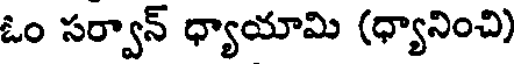
ఓం సర్వాన్ ధ్యాయామి (ధ్యానించి)